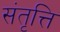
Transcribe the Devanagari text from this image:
संतृत्ति